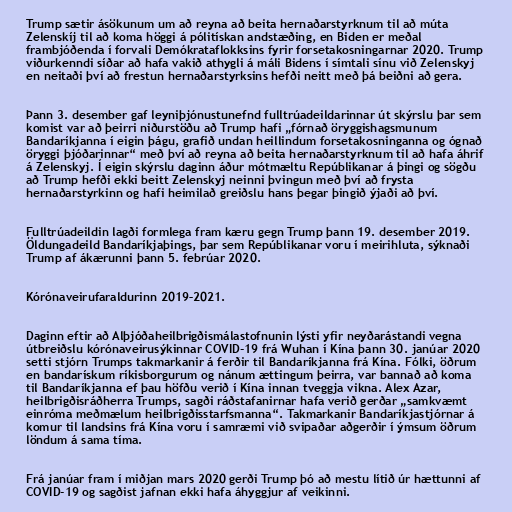
Trump sætir ásökunum um að reyna að beita hernaðarstyrknum til að múta
Zelenskíj til að koma höggi á pólitískan andstæðing, en Biden er meðal
frambjóðenda í forvali Demókrataflokksins fyrir forsetakosningarnar 2020. Trump
viðurkenndi síðar að hafa vakið athygli á máli Bidens í símtali sínu við Zelenskyj
en neitaði því að frestun hernaðarstyrksins hefði neitt með þá beiðni að gera.

Þann 3. desember gaf leyniþjónustunefnd fulltrúadeildarinnar út skýrslu þar sem
komist var að þeirri niðurstöðu að Trump hafi „fórnað öryggishagsmunum
Bandaríkjanna í eigin þágu, grafið undan heillindum forsetakosninganna og ógnað
öryggi þjóðarinnar“ með því að reyna að beita hernaðarstyrknum til að hafa áhrif
á Zelenskyj. Í eigin skýrslu daginn áður mótmæltu Repúblikanar á þingi og sögðu
að Trump hefði ekki beitt Zelenskyj neinni þvingun með því að frysta
hernaðarstyrkinn og hafi heimilað greiðslu hans þegar þingið ýjaði að því.

Fulltrúadeildin lagði formlega fram kæru gegn Trump þann 19. desember 2019.
Öldungadeild Bandaríkjaþings, þar sem Repúblikanar voru í meirihluta, sýknaði
Trump af ákærunni þann 5. febrúar 2020.

Kórónaveirufaraldurinn 2019–2021.

Daginn eftir að Alþjóðaheilbrigðismálastofnunin lýsti yfir neyðarástandi vegna
útbreiðslu kórónaveirusýkinnar COVID-19 frá Wuhan í Kína þann 30. janúar 2020
setti stjórn Trumps takmarkanir á ferðir til Bandaríkjanna frá Kína. Fólki, öðrum
en bandarískum ríkisborgurum og nánum ættingum þeirra, var bannað að koma
til Bandaríkjanna ef þau höfðu verið í Kína innan tveggja vikna. Alex Azar,
heilbrigðisráðherra Trumps, sagði ráðstafanirnar hafa verið gerðar „samkvæmt
einróma meðmælum heilbrigðisstarfsmanna“. Takmarkanir Bandaríkjastjórnar á
komur til landsins frá Kína voru í samræmi við svipaðar aðgerðir í ýmsum öðrum
löndum á sama tíma.

Frá janúar fram í miðjan mars 2020 gerði Trump þó að mestu lítið úr hættunni af
COVID-19 og sagðist jafnan ekki hafa áhyggjur af veikinni.